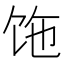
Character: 𩠂